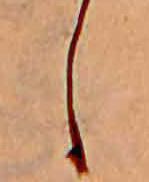
し